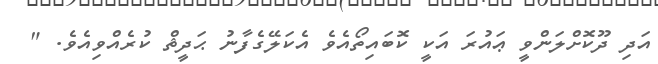
އަދި ދޫކޮށްލަންވީ ޢައުރަ އަކީ ކޮބައިތޯއެވެ އެކަލޭގެފާނު ޙަދީޘް ކުރެއްވިއެވެ. "